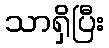
သာရှိပြီး